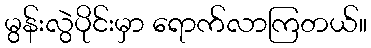
မွန်းလွဲပိုင်းမှာ ရောက်လာကြတယ်။